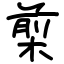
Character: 㮍